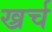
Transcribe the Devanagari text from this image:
ख्रर्च